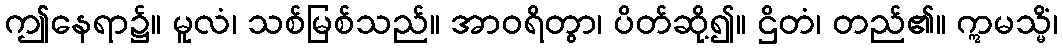
ဤနေရာ၌။ မူလံ၊ သစ်မြစ်သည်။ အာဝရိတွာ၊ ပိတ်ဆို့၍။ ဌိတံ၊ တည်၏။ ဣမသ္မိံ၊